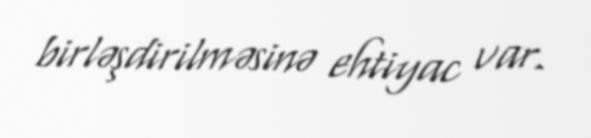
birləşdirilməsinə ehtiyac var.